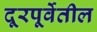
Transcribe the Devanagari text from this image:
दूरपूर्वेतील